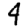
Digit: 4